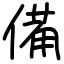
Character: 備